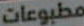
مطبوعات